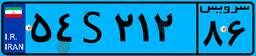
۲۲S۹۶۶۰۷